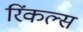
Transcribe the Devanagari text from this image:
रिंकल्स